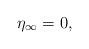
LaTeX: \begin{align*}\eta_\infty = 0,\end{align*}